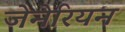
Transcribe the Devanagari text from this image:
जेनेरियन